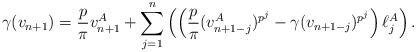
LaTeX: \begin{align*} \gamma(v_{n+1}) & = \frac{p}{\pi} v_{n+1}^A + \sum_{j=1}^{n}\left( \left(\frac{p}{\pi} (v_{n+1-j}^A)^{p^j} - \gamma(v_{n+1-j})^{p^j}\right) \ell_j^A\right). \end{align*}